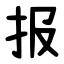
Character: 报